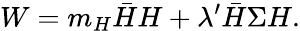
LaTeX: W=m_{H}\bar{H}H+\lambda^{\prime}\bar{H}\Sigma H.